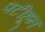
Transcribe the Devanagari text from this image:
पटीहून